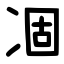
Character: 凅